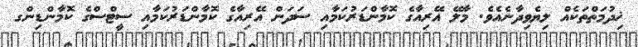
ޚިދުމަތްތަކެއް ލިޔެވިދާނެއެވެ. މާލޭ އޭރިއާގެ ކޮމާންޑަރުކަމާއި ސަދަން އޭރިއާގެ ކޮމާންޑަރުކަމާއި ސީޓްސްގެ ކޮމާންޑިންގ